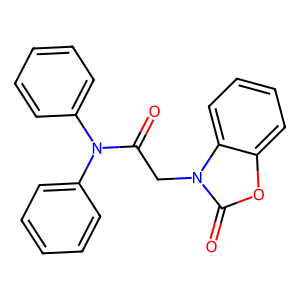
SMILES: O=C(Cn1c(=O)oc2ccccc21)N(c1ccccc1)c1ccccc1
Inhibits HIV replication: No